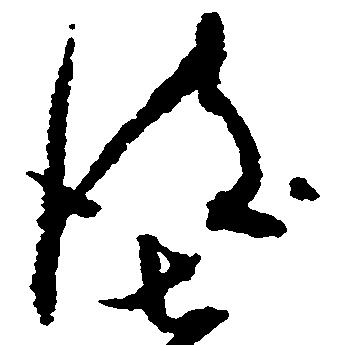
彼